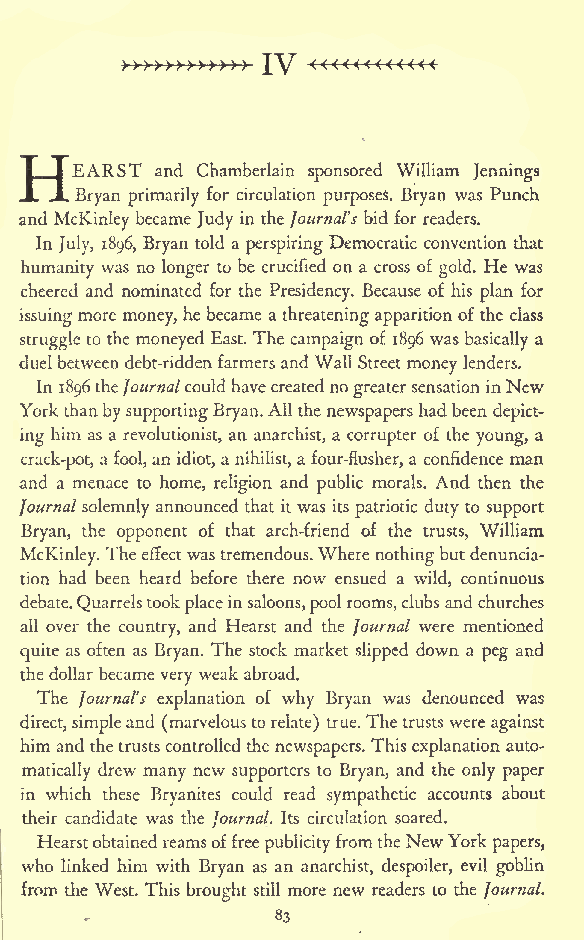
HEARST   and Chamberlain sponsored William Jennings
 Bryan primarily for circulation purposes. Bryan was Punch
 and McKinley became Judy in theJournal's bid for readers.
 In July, 1896, Bryan told a perspiring Democratic convention that
 humanity was no longer to be crucified on a cross of gold. He was
 cheered and nominated for the Presidency. Because of his plan for
 issuingmore money,he became a threateningapparitionof the class
 struggle to the moneyed East. The campaign of 1896 was basically a
 duelbetween debt-riddenfarmersandWall Streetmoney lenders.
 In 1896theJournalcouldhavecreatedno greatersensation inNew
 YorkthanbysupportingBryan.Allthenewspapershadbeen
 depict-
 ing him as a revolutionist, an anarchist, a corrupter of the young, a
 crack-pot, a fool,an idiot, a nihilist, a four-flusher, a confidence man
 and a menace to home, religion and public morals. And then the
 Journal solemnly announced that it was its patriotic duty to support
 Bryan, the opponent of that arch-friend of the trusts, William
 McKinley. Theeffectwastremendous.Where nothingbutdenuncia-
 tion had been heard before there now ensued a wild, continuous
 debate.Quarrelstook placeinsaloons,poolrooms,clubs andchurches
 all over the country, and Hearst and the Journal were mentioned
 quite as often as Bryan. The stock market slipped down a peg and
 the dollar became very weak abroad.
 The Journal's explanation of why Bryan was denounced was
 direct,simpleand (marveloustorelate) true.Thetrusts were against
 him and thetrustscontrolled the newspapers. This explanation auto-
 matically drew many new supporters to Bryan, and the only paper
 in which these Bryanites could read sympathetic accounts about
 their candidate was the Journal. Its circulation soared.
 HearstobtainedreamsoffreepublicityfromtheNewYork
 papers,
 who linked him with Bryan as an anarchist, despoiler, evil goblin
 from the West. This brought still more new readers to the Journal.
 83